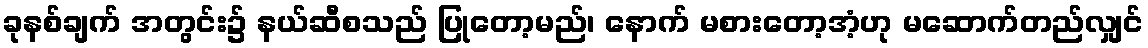
ခုနစ်ချက် အတွင်း၌ နယ်ဆီစသည် ပြုတော့မည်၊ နောက် မစားတော့အံ့ဟု မဆောက်တည်လျှင်